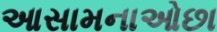
આસામનાઓછા